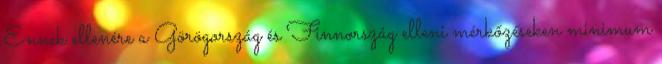
Ennek ellenére a Görögország és Finnország elleni mérkőzéseken minimum